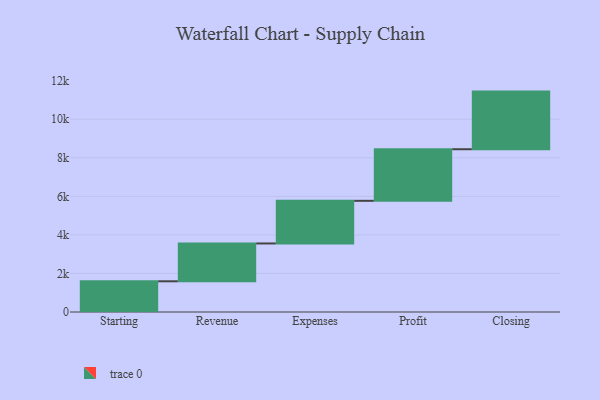
{"axis": {"x": "Step", "y": "Value"}, "legend": [""], "data": [{"x": "Starting", "y": 1593.0, "type": ""}, {"x": "Revenue", "y": 1962.0, "type": ""}, {"x": "Expenses", "y": 2212.0, "type": ""}, {"x": "Profit", "y": 2676.0, "type": ""}, {"x": "Closing", "y": 2989.0, "type": ""}]}